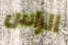
الراس